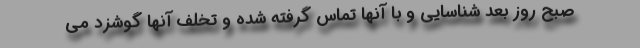
صبح روز بعد شناسایی و با آنها تماس گرفته شده و تخلف آنها گوشزد می